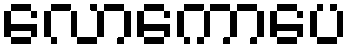
လောကောပေ